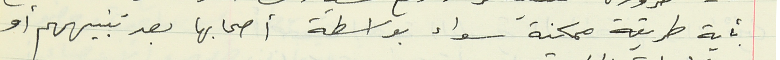
بأية طريقة ممكنة سواء بواسطة أصحابها بعد تنبيههم أو